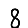
Digit: 8